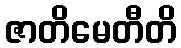
ဇာတိမေတီတိ